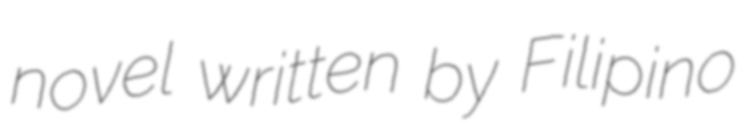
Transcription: novel written by Filipino